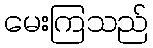
မေးကြသည်